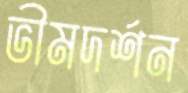
ভীমদর্শন